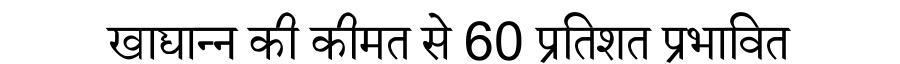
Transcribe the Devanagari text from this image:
खाद्यान्न की कीमत से 60 प्रतिशत प्रभावित